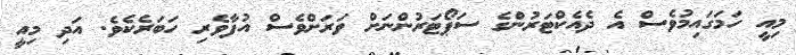
މިއީ ހަމަގައިމުވެސް އެ ދެއެކްޓަރުންގެ ސަޕޯޓަރުންނަށް ވަރަށްވެސް އުފާވެރި ހަބަރެކެވެ. އަދި މިއީ